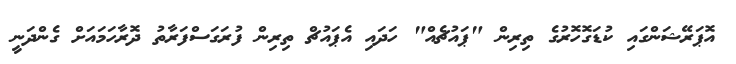
އޮޕަރޭޝަންގައި ކުޑަގޮހޮރުގެ ތިރިން "ޕައުޗެއް" ހަދައި އެޕައުޗް ތިރިން ފުރަގަސްފަރާތު ދޮރާހަމައަށް ގެންދަނީ